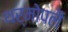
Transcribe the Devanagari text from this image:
थर्मोपलै